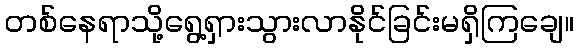
တစ်နေရာသို့ရွေ့ရှားသွားလာနိုင်ခြင်းမရှိကြချေ။